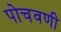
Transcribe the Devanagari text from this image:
पोचवणी